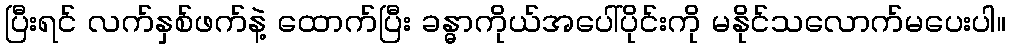
ပြီးရင် လက်နှစ်ဖက်နဲ့ ထောက်ပြီး ခန္ဓာကိုယ်အပေါ်ပိုင်းကို မနိုင်သလောက်မပေးပါ။